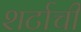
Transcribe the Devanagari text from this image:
शर्टाची